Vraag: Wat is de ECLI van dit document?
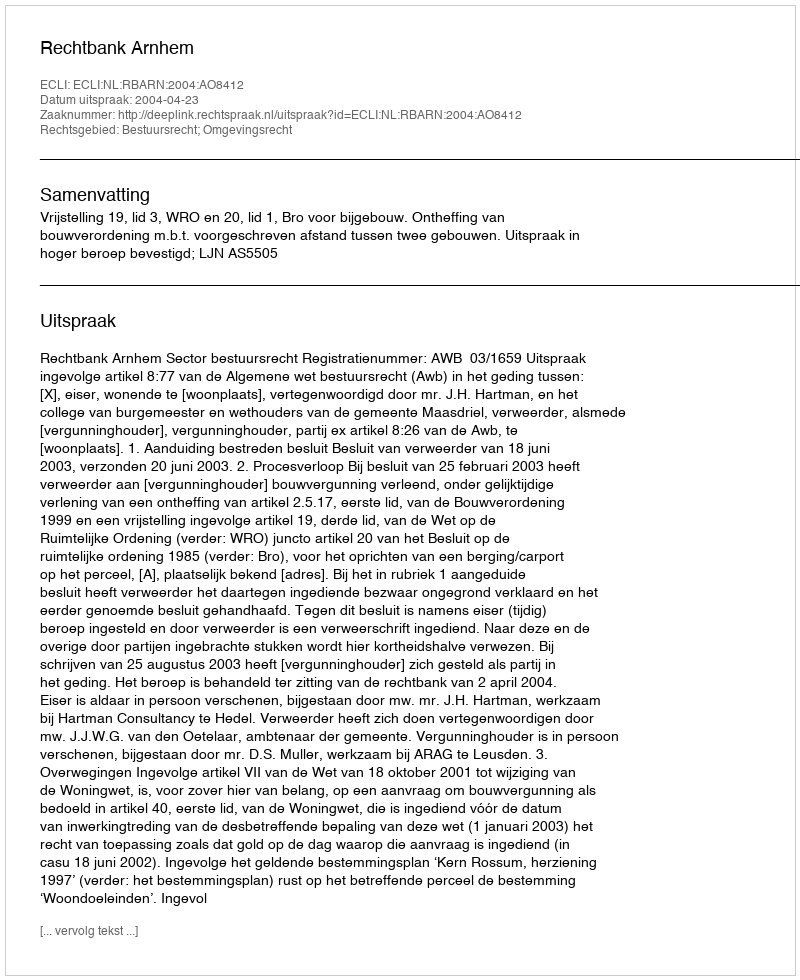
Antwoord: ECLI:NL:RBARN:2004:AO8412